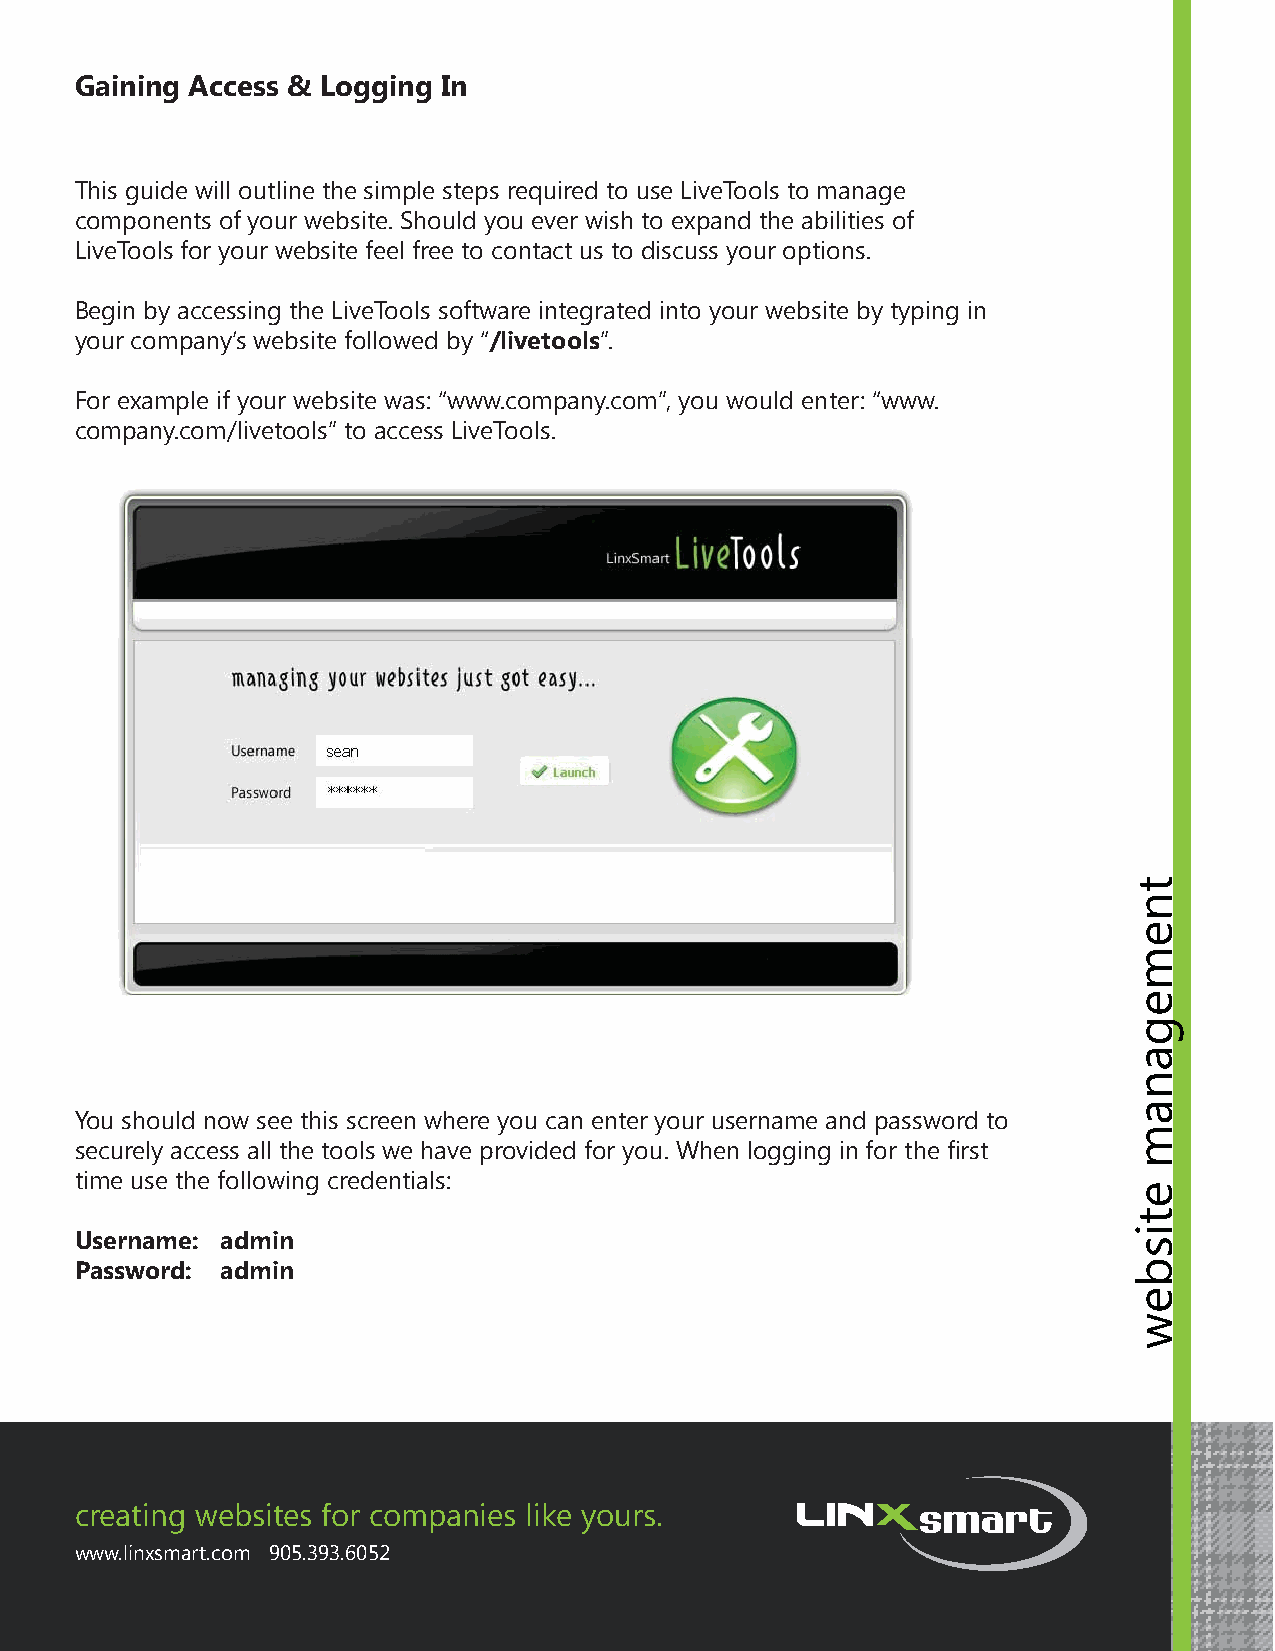
Gaining Access & Logging In
 This guide will outline the simple steps required to use LiveTools to manage
 components of your website. Should you ever wish to expand the abilities of
 LiveTools for your website feel free to contact us to discuss your options.
 Begin by accessing the LiveTools software integrated into your website by typing in
 your company’s website followed by “/livetools”.
 For example if your website was: “www.company.com”, you would enter: “www.
 company.com/livetools” to access LiveTools.
 You should now see this screen where you can enter your username and password to
 securely access all the tools we have provided for you. When logging in for the fi rst
 time use the following credentials:
 Username: admin
 Password: admin
 creating websites for companies like yours.
 www.linxsmart.com 905.393.6052
 tnemeganam
 etisbew